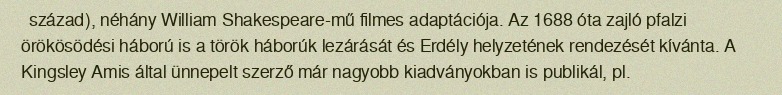
század), néhány William Shakespeare-mű filmes adaptációja. Az 1688 óta zajló pfalzi örökösödési háború is a török háborúk lezárását és Erdély helyzetének rendezését kívánta. A Kingsley Amis által ünnepelt szerző már nagyobb kiadványokban is publikál, pl.